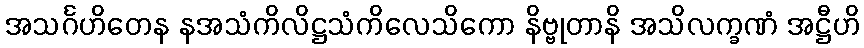
အသင်္ဂဟိတေန နအသံကိလိဋ္ဌသံကိလေသိကော နိဗ္ဗုတာနိ အသိလက္ခဏံ အဋ္ဌီဟိ